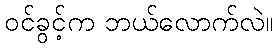
ဝင်ခွင့်က ဘယ်လောက်လဲ။